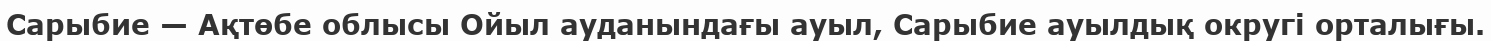
Сарыбие — Ақтөбе облысы Ойыл ауданындағы ауыл, Сарыбие ауылдық округі орталығы.